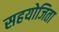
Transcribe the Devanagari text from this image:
सहयोजिता